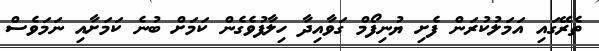
ތެރޭގައި އަމަލުކުރަން ފެށި ޔުނިފޯމް ގަވާއިދާ ހިލާފުވެގެން ކަމަށް ބުނެ ކަމަށާއި ނަމަވެސް